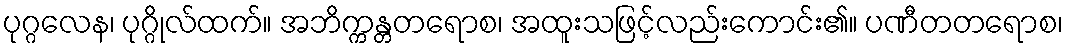
ပုဂ္ဂလေန၊ ပုဂ္ဂိုလ်ထက်။ အဘိက္ကန္တတရောစ၊ အထူးသဖြင့်လည်းကောင်း၏။ ပဏီတတရောစ၊